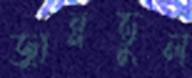
জান্নতুল